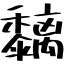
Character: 黐